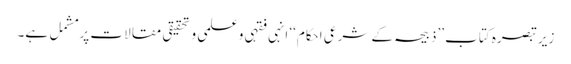
زیر تبصرہ کتاب ’’ذبیحہ کے شرعی احکام‘‘ انہی فقہی وعلمی و تحقیقی مقالات پر مشمل ہے۔